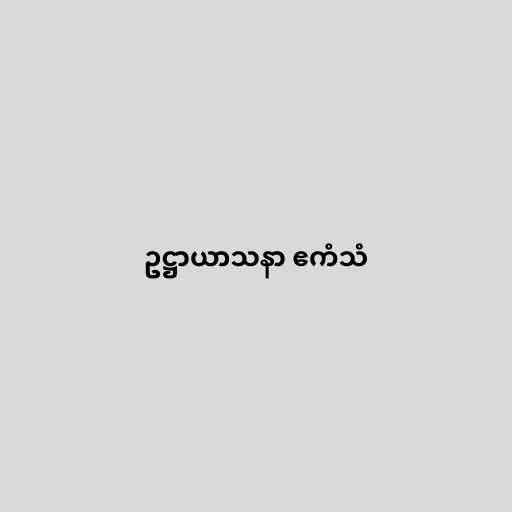
ဥဋ္ဌာယာသနာ ဧကံသံ